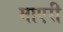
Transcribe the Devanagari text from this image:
माएरी